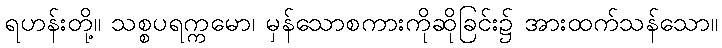
ရဟန်းတို့။ သစ္စပရက္ကမော၊ မှန်သောစကားကိုဆိုခြင်း၌ အားထက်သန်သော။